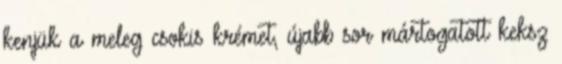
kenjük a meleg csokis krémet, újabb sor mártogatott keksz